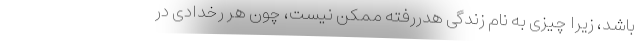
باشد، زیرا چیزی به نام زندگیِ هدررفته ممکن نیست، چون هر رخدادی در